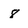
Character: 8